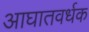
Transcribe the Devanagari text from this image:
आघातवर्धक